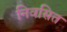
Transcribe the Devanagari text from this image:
निवसित